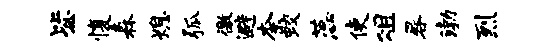
毖愎森熄弧徼避柰蛟蕊使俎晷渤烈